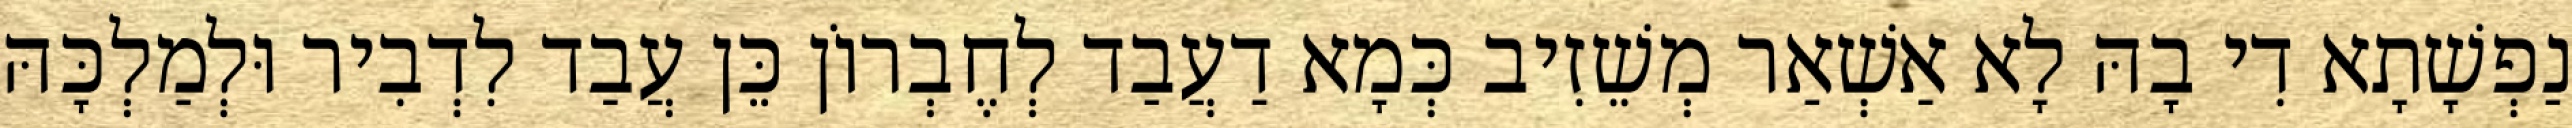
נַפְשָׁתָא דִי בָהּ לָא אַשְׁאַר מְשֵׁזִיב כְּמָא דַעֲבַד לְחֶבְרוֹן כֵּן עֲבַד לִדְבִיר וּלְמַלְכָּהּ